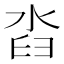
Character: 㳫